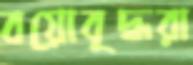
বয়োবৃদ্ধরা